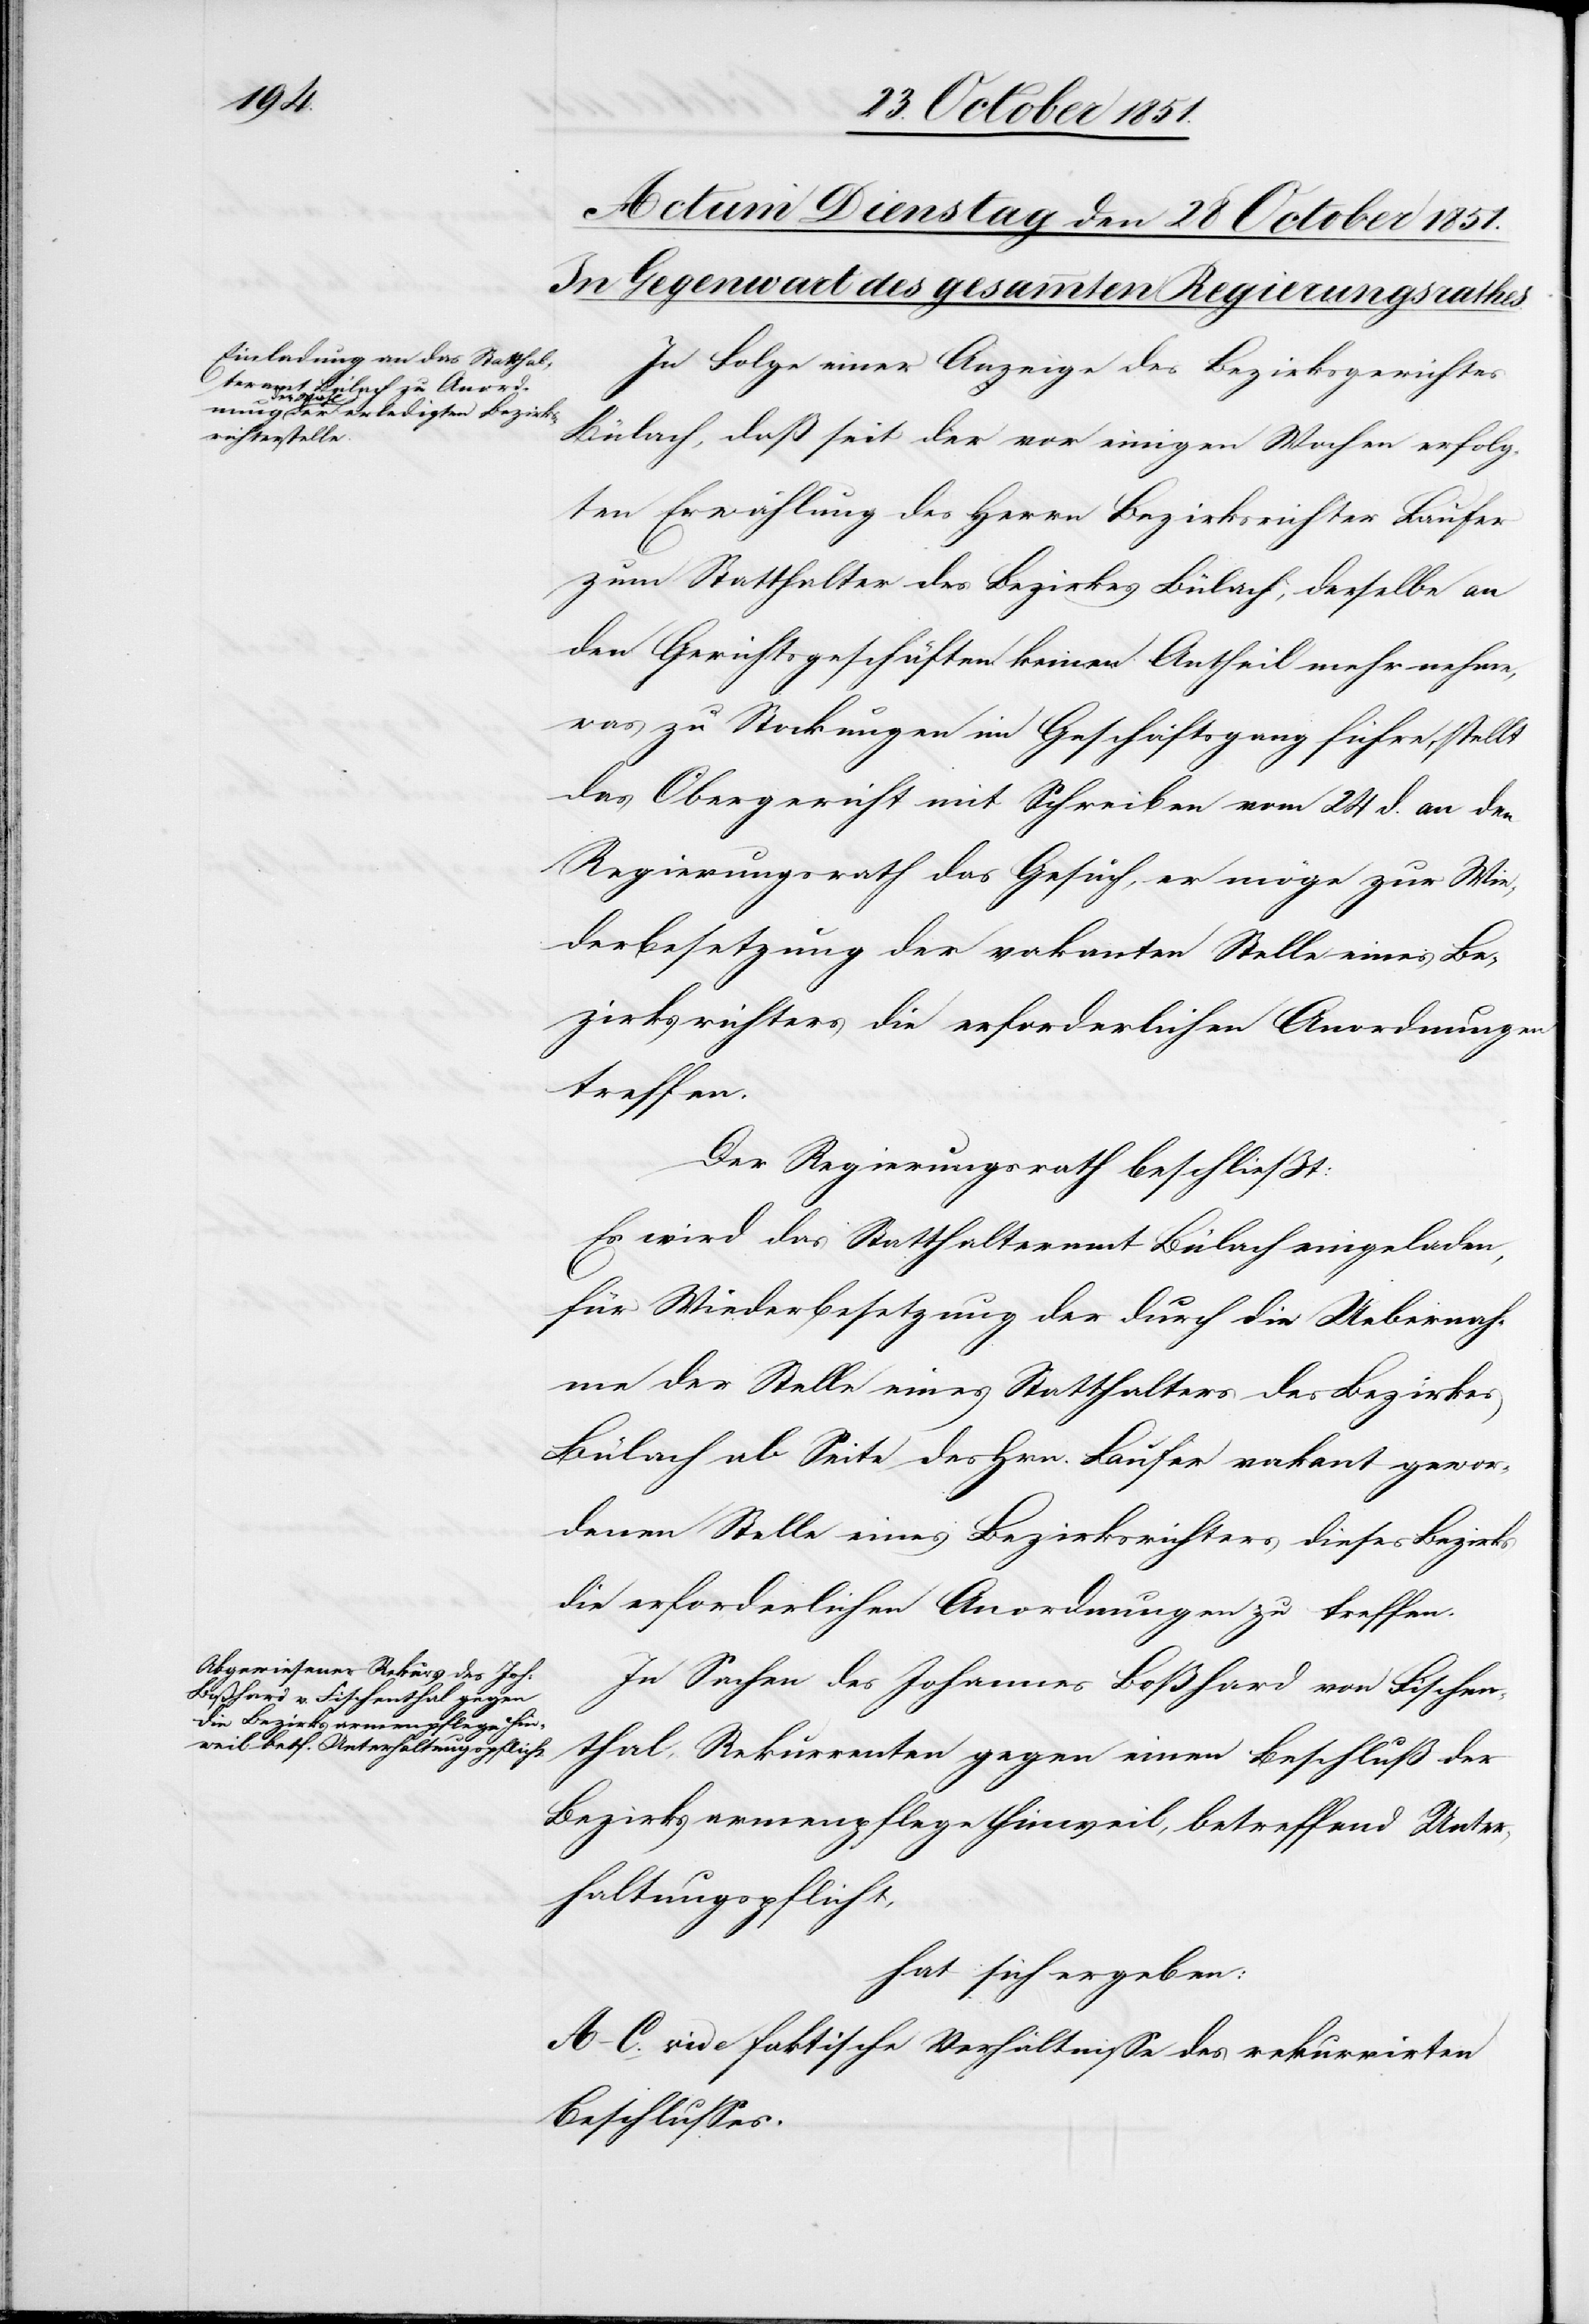
In Folge einer Anzeige des Bezirksgerichtes
Bülach, daß seit der vor einigen Wochen erfolg¬
ten Erwählung des Herrn Bezirksrichter Laufer
zum Statthalter des Bezirkes Bülach, derselbe an
den Gerichtsgeschäften keinen Antheil mehr nehme,
was zu Stockungen im Geschäftsgang führe, stellt
das Obergericht mit Schreiben vom 24 d. an den
Regierungsrath das Gesuch, er möge zur Wie¬
derbesetzung der vakanten Stelle eines Be¬
zirksrichters die erforderlichen Anordnungen
treffen.
Der Regierungsrath beschließt:
Es wird das Statthalteramt Bülach eingeladen,
für Wiederbesetzung der durch die Uebernah¬
me der Stelle eines Statthalters des Bezirkes
Bülach ab Seite des Hrn. Laufer vakant gewor¬
denen Stelle eines Bezirksrichters dieses Bezirks
die erforderlichen Anordnungen zu treffen.
In Sachen des Johannes Boßhard von Fischen¬
thal, Rekurrenten gegen einen Beschluß der
Bezirksarmenpflege Hinweil, betreffend Unter¬
haltungspflicht,
hat sich ergeben:
A–C. vide faktische Verhältnisse des rekurrirten
Beschlusses.